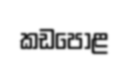
කඩපොළ